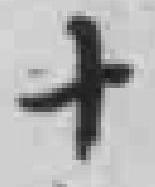
十